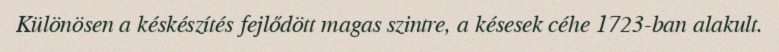
Különösen a késkészítés fejlődött magas szintre, a késesek céhe 1723-ban alakult.